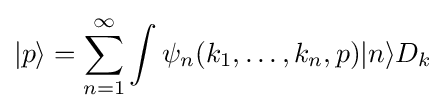
|p\rangle =\sum _{n=1}^{\infty }\int \psi _{n}(k_{1},\ldots ,k_{n},p)|n\rangle D_{k}